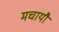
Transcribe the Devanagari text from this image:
मचायौ